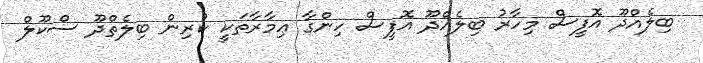
ބިލެއްދޫ އޮފީސް މިހާރު ބިލެއްދޫ އޮފީސް ހިންގާ ޢިމާރާތަކީ ކުރިން ބިލެތްދޫ ސްކޫލް